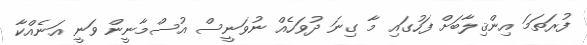
ފުރަތަމަ އިންޤިލާބަށް ފަހުގައި މާ ގިނަ ދުވަހެއް ނުވަނީސް އުސްމާނީން ވަނީ އަނެއްކާ